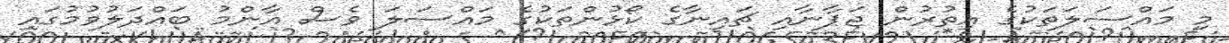
މި މައްސަލަތަކުގެ އިތުރުން ޖަޕާނާއި ޗައިނާގެ ކޯޅުންތަކުގެ މައްސަލަ ވެސް އާންމު ބައްދަލުވުމުގައި